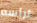
لرأسه